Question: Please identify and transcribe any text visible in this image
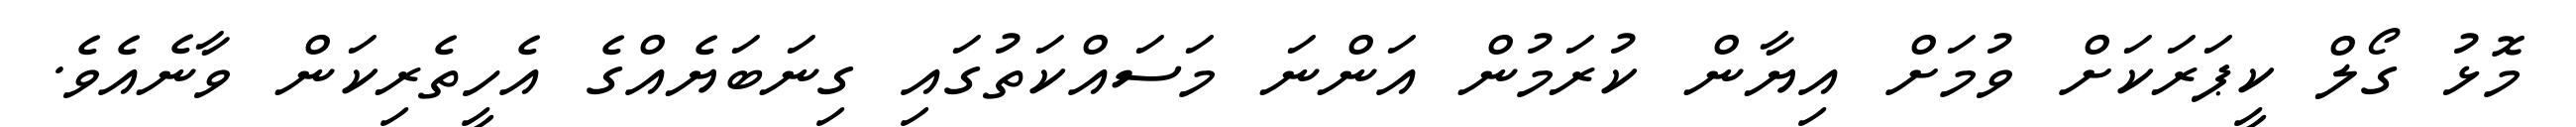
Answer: މޮޅު ގޯލް ކީޕަރަކަށް ވުމަށް އިޔާން ކުރަމުން އަންނަ މަސައްކަތުގައި ގިނަބަޔެއްގެ އެހީތެރިކަން ވާނެއެވެ.